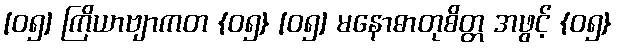
[၀၅] ကြိယာဗျာကတ {၀၅} [၀၅] မနောဓာတုစိတ္တ အဖွင့် {၀၅}